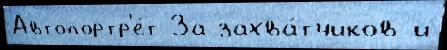
Автопортр'е́т За захва́тчиков и